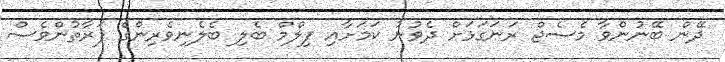
ދޭން ބޭނުންވާ މެސެޖް ރަނަގަޅަށް ދެވުނު ކަމަށާއި ފިލްމް ބެލި ބެލެނިވެރިންގެ ފަރާތުންވެސް